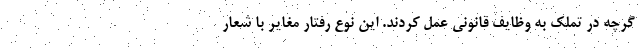
گرچه در تملک به وظایف قانونی عمل کردند. این نوع رفتار مغایر با شعار